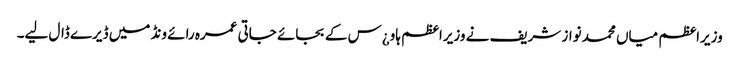
وزیراعظم میاں محمد نواز شریف نے وزیراعظم ہاو¿س کے بجائے جاتی عمرہ رائے ونڈ میں ڈیرے ڈال لیے۔